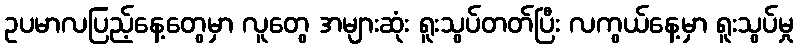
ဥပမာလပြည့်နေ့တွေမှာ လူတွေ အများဆုံး ရူးသွပ်တတ်ပြီး လကွယ်နေ့မှာ ရူးသွပ်မှု